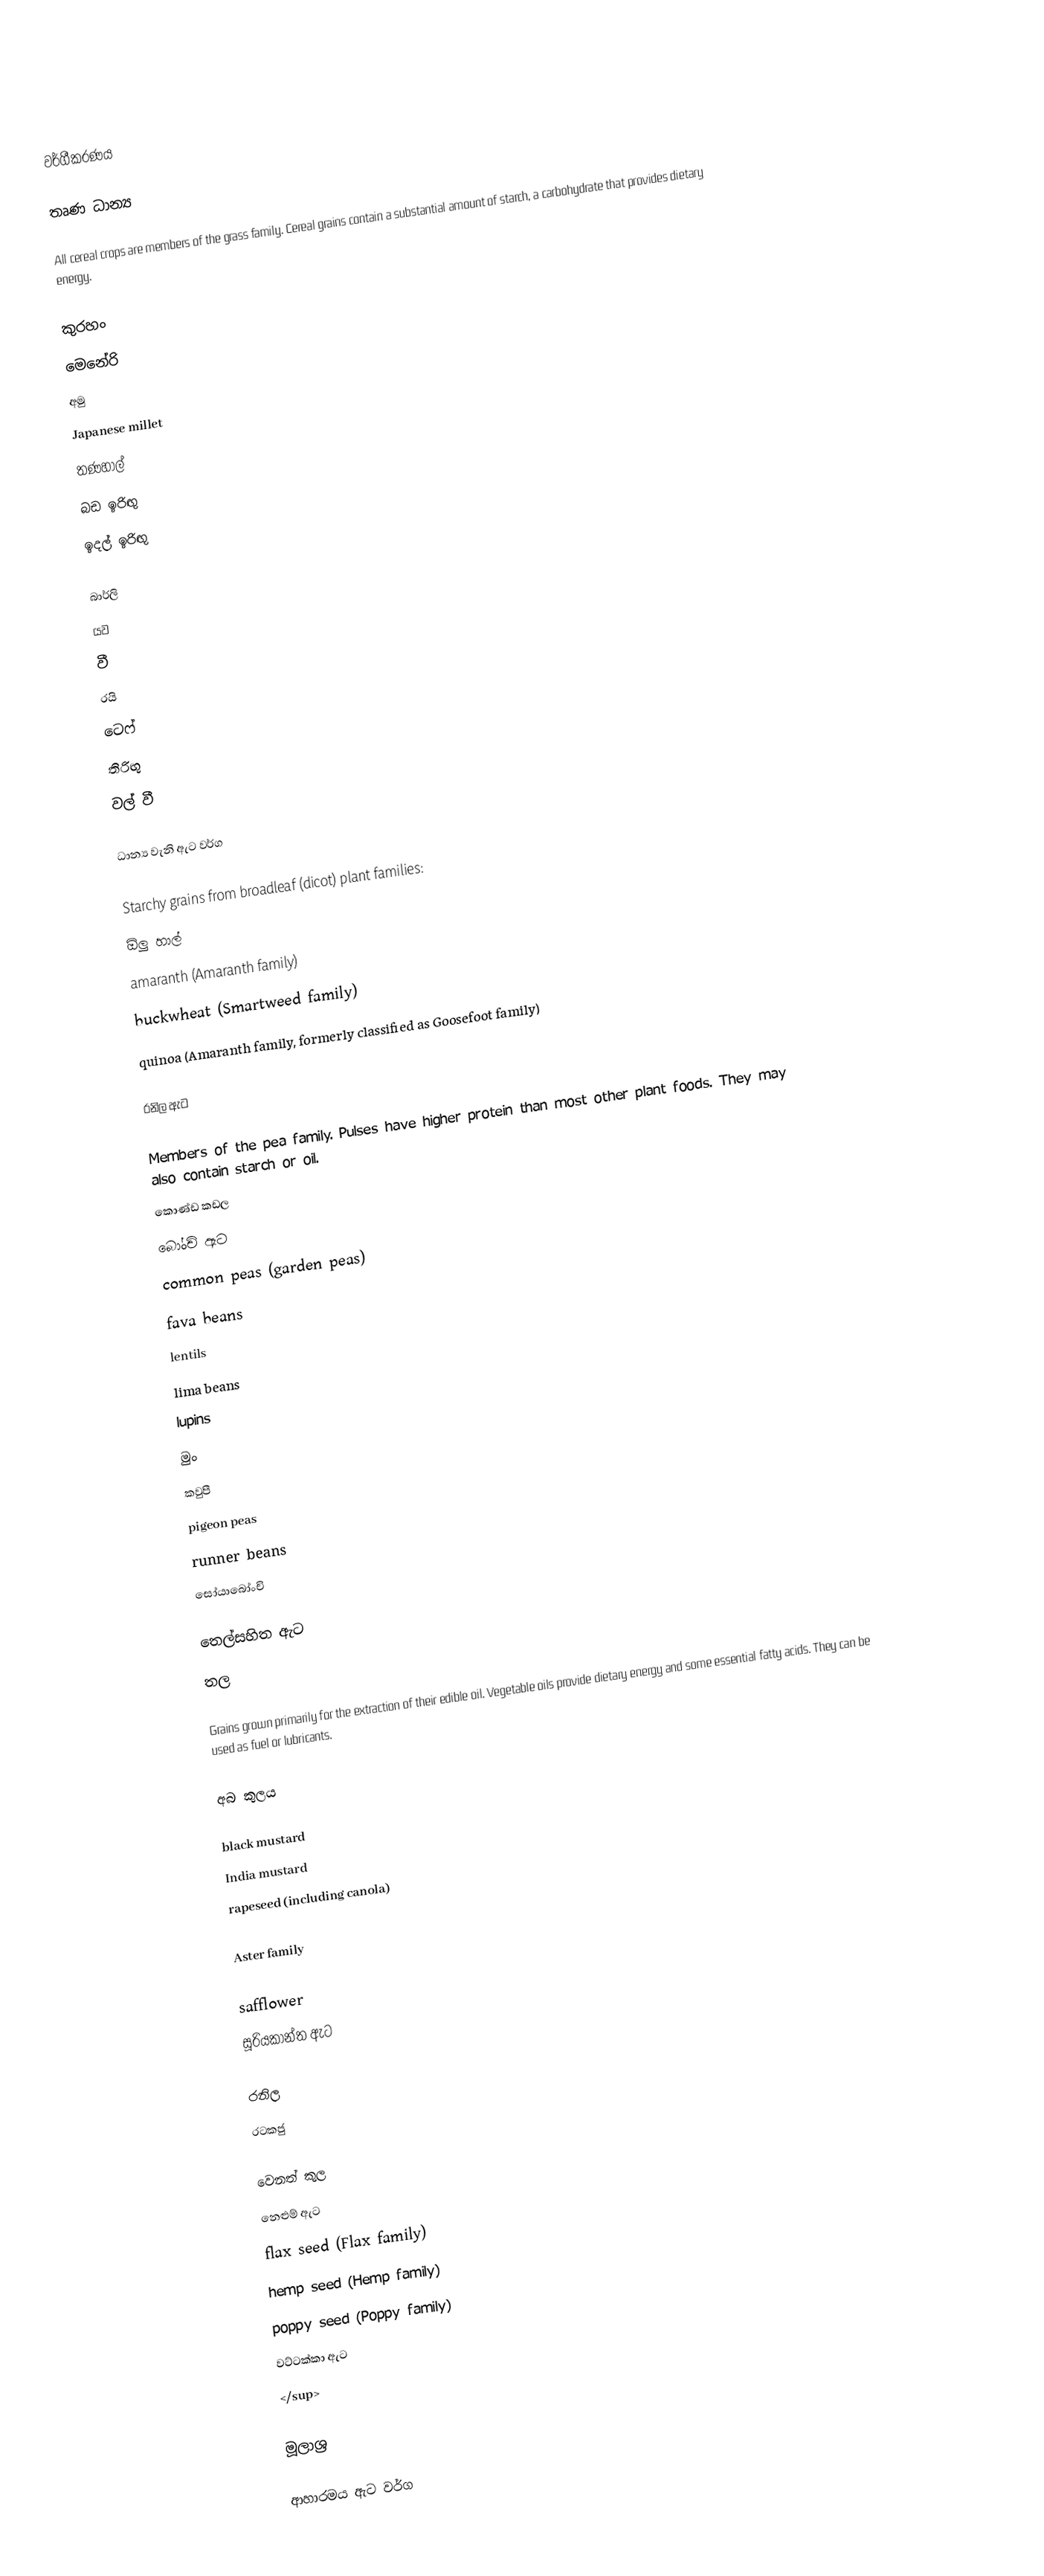

වර්ගීකරණය

තෘණ ධාන්‍ය

All cereal crops are members of the grass family. Cereal grains contain a substantial amount of starch, a carbohydrate that provides dietary energy.

කුරහං
මෙනේරි
අමු
Japanese millet
තණහාල්
බඩ ඉරිඟු
ඉදල් ඉරිඟු

බාර්ලි
යව
වී
රයි
ටෙෆ්
තිරිඟු
වල් වී

ධාන්‍ය වැනි ඇට වර්ග

Starchy grains from broadleaf (dicot) plant families:
ඕලු හාල්
amaranth (Amaranth family)
buckwheat (Smartweed family)
quinoa (Amaranth family, formerly classified as Goosefoot family)

රනිල ඇට

Members of the pea family. Pulses have higher protein than most other plant foods. They may also contain starch or oil.
කොණ්ඩ කඩල
බෝංචි ඇට
common peas (garden peas)
fava beans
lentils
lima beans
lupins
මුං
කවුපී
pigeon peas
runner beans
සෝයාබෝංචි

තෙල්සහිත ඇට
තල

Grains grown primarily for the extraction of their edible oil. Vegetable oils provide dietary energy and some essential fatty acids. They can be used as fuel or lubricants.

අබ කුලය

black mustard
India mustard
rapeseed (including canola)

Aster family

safflower
සූරියකාන්ත ඇට

රනිල
රටකජු

වෙනත් කුල
 නෙළුම් ඇට
flax seed (Flax family)
 hemp seed (Hemp family)
poppy seed (Poppy family)
 වට්ටක්කා ඇට
</sup>

මූලාශ්‍ර

ආහාරමය ඇට වර්ග